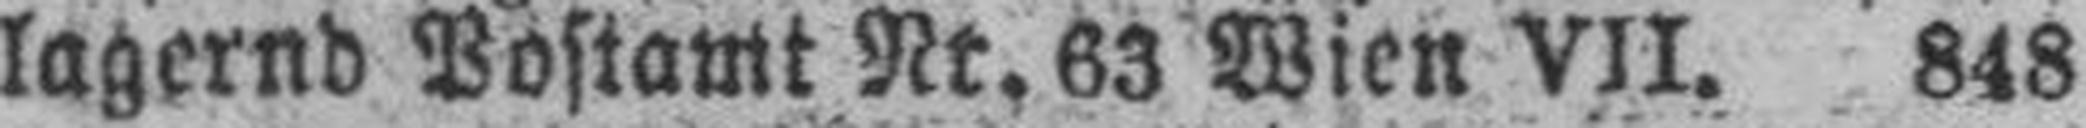
lagernd Postamt Nr. 63 Wien VII. 848